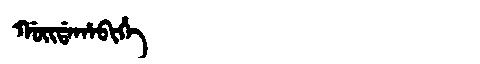
Manchu: ᡤᠣᡳᡩᠠᡥᠠᠪᡳᡥᡝ
Romanization: GOIDAHABIHE